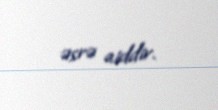
əsrə aiddir.